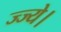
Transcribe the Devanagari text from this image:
ज्ज्ये।